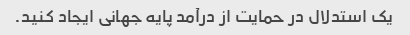
یک استدلال در حمایت از درآمد پایه جهانی ایجاد کنید.